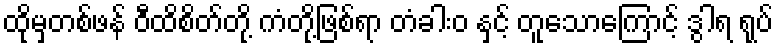
ထိုမှတစ်ဖန် ဝီထိစိတ်တို့ ကံတို့ဖြစ်ရာ တံခါးဝ နှင့် တူသောကြောင့် ဒွါရ ရုပ်